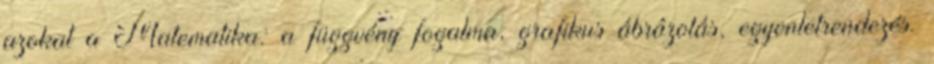
azokat a Matematika: a függvény fogalma, grafikus ábrázolás, egyenletrendezés.